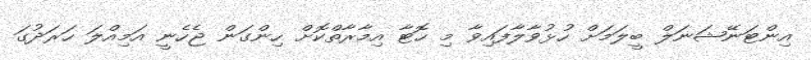
އިންޓަނޭޝަނަލް ބީލަމަށް ހުޅުވާލާފައިވާ މި ހޮޓާ އިމާރާތްކޮށް ހިންގަން ޖެހެނީ އަމިއްލަ ހަރަދުގަ